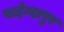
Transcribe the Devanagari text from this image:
पाईन्दापुर